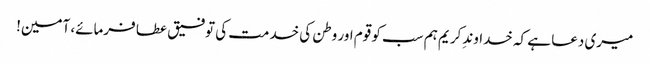
میری دعا ہے کہ خداوندِ کریم ہم سب کو قوم اور وطن کی خدمت کی توفیق عطا فرمائے، آمین!